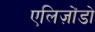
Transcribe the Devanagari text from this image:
एलिज़ोंडो